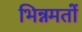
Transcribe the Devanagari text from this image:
भिन्नमतों